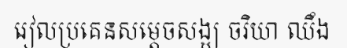
រៀលប្រគេនសម្តេចសង្ឃ ចរិយា ឈឹង